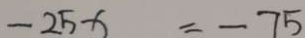
- 2 5 x = - 7 5